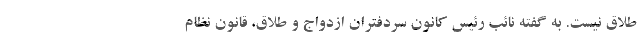
طلاق نیست. به گفته نائب رئیس کانون سردفتران ازدواج و طلاق، قانون نظام